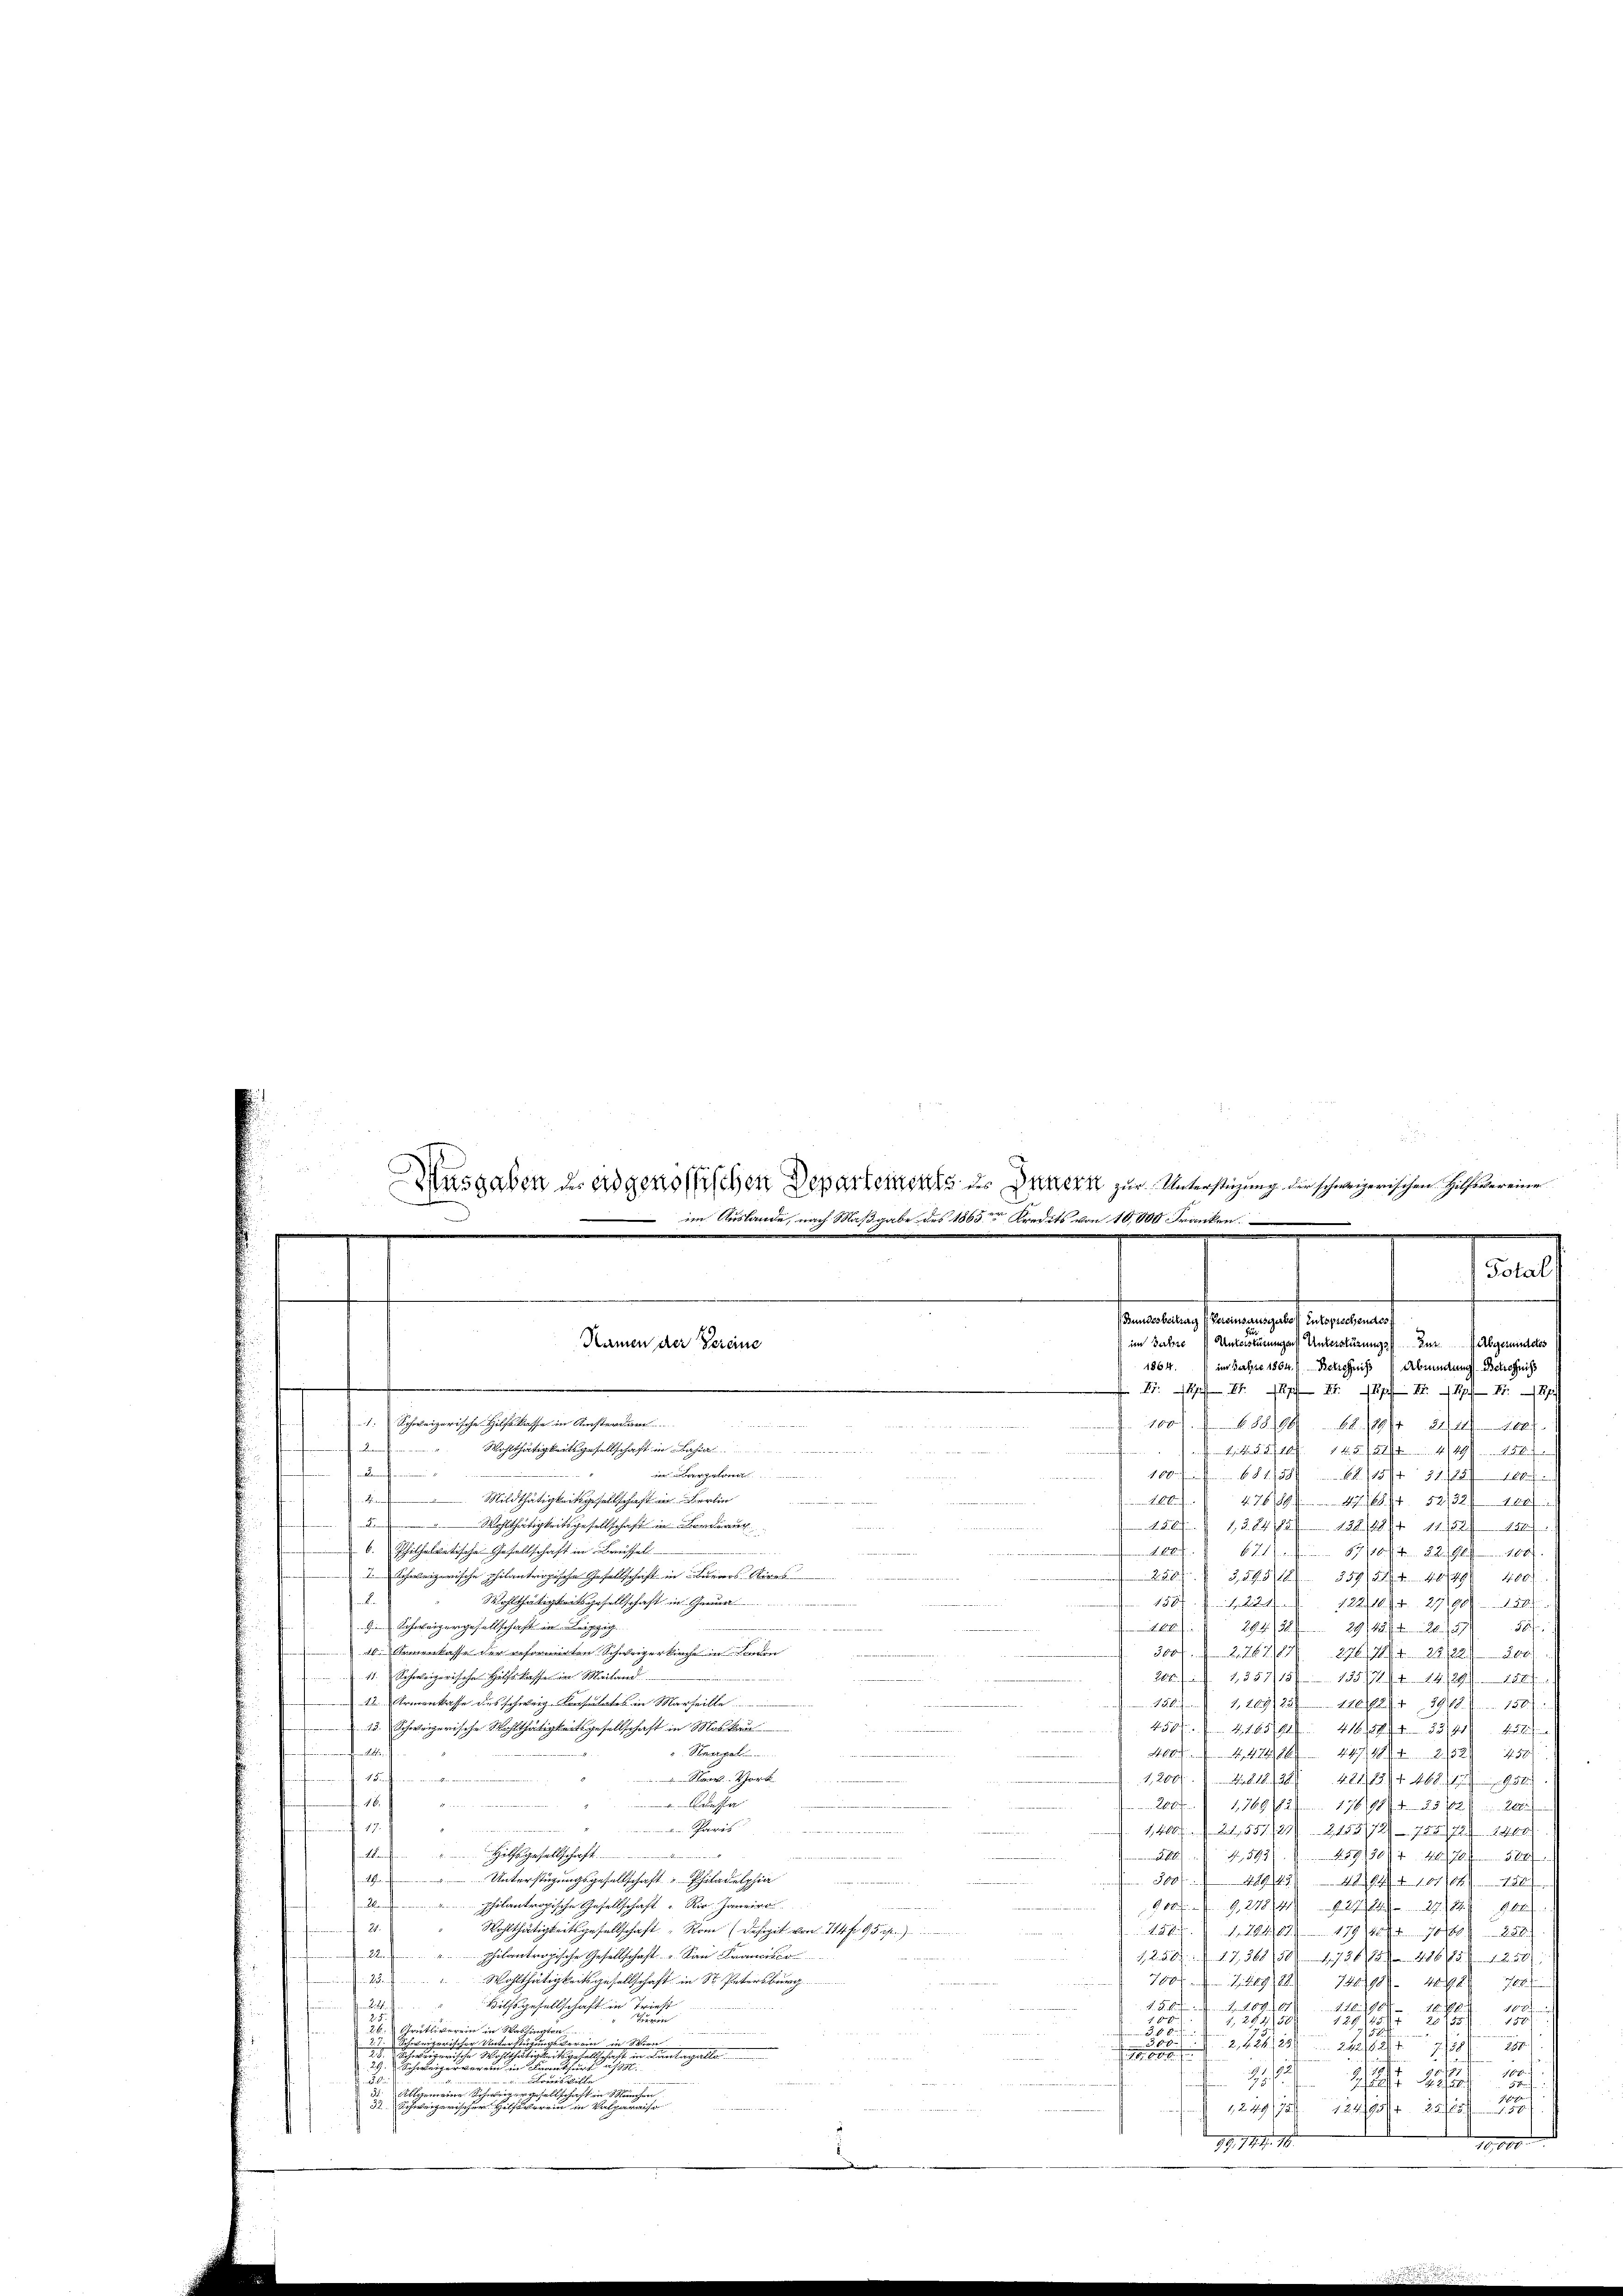
e
2
u
gland
.
Mildthätigkeitsgesellschaft in Fertin
 Wohlthätigkeitsgesellschaft in Berau
b. Philhelvetische Gesellschaft in Breissel
.Schweizerische philantrogische Gesellschaft in Burios Aires

Wohlthätigkeitsgesellschaft in ..................
Schweizergesellschaft in Leipzig
10. Armenkasse der reformirten Schweizerkirche in London
11. Schweizerische Hilf Kaffe in Mailand
12 Armenkasse des schweiz. Konsulates in Marseille
13. Schweizerische Wohlthätigkeitsgesellschaft in Moskau
daf
Stempel
I Der Inern einigen einen an
 Hor
16.
esa
2
 . Provis
 19.
2
e
.
Hilfsgesellschaft.
wien, weiteren und des in ei
.2. 1
Unterstüzungsgesellschaft „Pfitadelphia

en
philantropische Gesellschaft "Rio. Janeiro
äche in werden den ei
f 2.
Wohlthätigkeitsgesellschaft Rom (Defizit von 114 fr. 95 f.
machen
plantropische Gesellschaft u. San Francisco
ichsten der
25. Wohlthätigkeitsgesellschaft in St. Petersburg

trumen
Hilfsgesellschaft in Triest
2
 5
gr
25
rütliverein in Washingten
¬
ugerer ein
d
.
in in Wien
u

n
erlangelten

Allgemeine Schweizergesell,
e
Pertigern
   herweigen ist einen einer einer eine

Ausgaben des eidgenössischen Departements des Maters zur Unterstüzung der schweizerischen Hilfsvereine
 im Auslande, nach Maßgabe des 1865 Kredits von 10,000 Franken
Namen der Vereine
. Schweizerische Hilfskasse in Ansterdar
d  der
D
Wohlthätigkeitsgesellschaft in Bahia

|

(Bundesbeitrag (Vereinsausgabe (Entsprechendes
im Jahre
Unterstützungen Unterstüzungs zur Abgesundetes
1864.
im Jahre 1804.) Berechniss
Abendung Beschniss
 II 171. 1877 XI. 1871 1891
100. 688190. 68./29/4 244 144
2 S. 246. 1422 449
.
180
681/588. 11884 21/8 1884
m Fall
17679/ 1716 Fr. 52132/ 189
26/12 8482. 128. 28./11. 524.
6217. 57/16/4 28/90/1001.
t.
220. 32954. 357/24/4 40/49/ 400
1507 f. 12
122/11/4. 27/1904. 20)
16
58f
29/12/4 90. 187
294. 132. fl.
300 f. 22671 276/11 22/22. 200
200. 23511151. 13517/4 18/24/1891
186. 1209/23/ 1802 + 29/8 150
N. 8
11659 416 544. 85/44 45
 mit
404. 422,86 1444 2132) 250
u
1,200. 1818. 128. 481,12/4 468/1904
 209. 1769/82. 17678/423/2/20
1804. 21551/2. 2185/12 - 755/724. 1800)
5920/4 187
2) S. 593
.
u
300 f 489 45 4041+ 10/11 154
800    9,278/4 92744. 278. 800
 ..  Der Seiter
259. 1. Jahr 189 (801 18101/ 286

1258 § 17361,50 1736,685. 416751 1250
e
7000
7. 19,88
746/10 40 x 7
2 u. da
d. d. M.
m
67. 2
2.10.1909
ufis
1298 2
22
     2
ö
2, 12421

i

e
25.

1249/1124 25
f
10,000
19, 744. 18.

Total